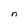
Character: n